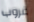
غروب